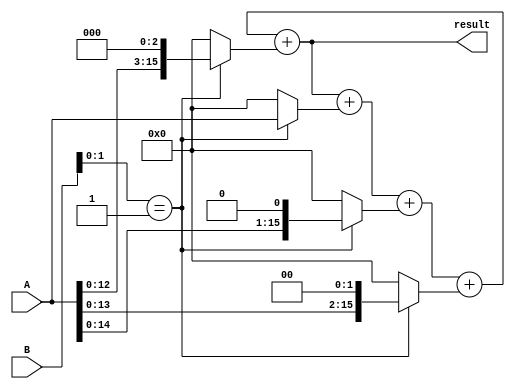
module BoothMultiplier(
    input [15:0] A,
    input [15:0] B,
    output reg [31:0] result
);

reg [15:0] partial_product [3:0]; // 4 stages for partial products
reg [1:0] counter;
reg [1:0] previous_booth = 2'b00;

always @(A, B) begin
    for(counter=0; counter<4; counter=counter+1) begin
        case({B[0], previous_booth})
            2'b01: partial_product[counter] = A << counter;
            2'b10: partial_product[counter] = ~(A << counter) + 1; 
            default: partial_product[counter] = 16'd0;
        endcase
        previous_booth = B[0];
        B = {B[15], B[15:1]};
        result = result + partial_product[counter];
    end
end

endmodule